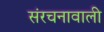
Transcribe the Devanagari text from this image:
संरचनावाली